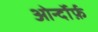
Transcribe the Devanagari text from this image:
ओर्न्दोर्फ़